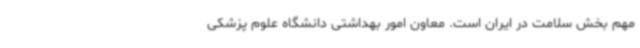
مهم بخش سلامت در ایران است. معاون امور بهداشتی دانشگاه علوم پزشکی